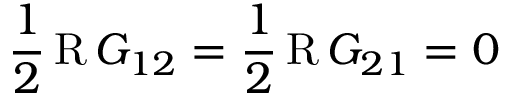
\frac { 1 } { 2 } \operatorname { R } G _ { 1 2 } = \frac { 1 } { 2 } \operatorname { R } G _ { 2 1 } = 0